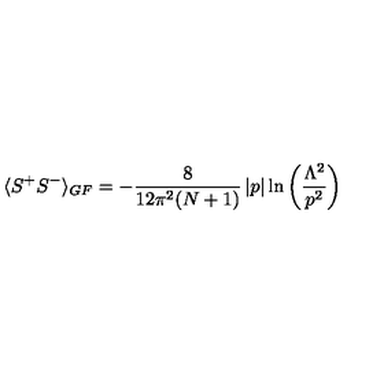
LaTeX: \langle S ^ { + } S ^ { - } \rangle _ { G F } = - \frac { 8 } { 1 2 \pi ^ { 2 } ( N + 1 ) } \left| p \right| \ln \left( \frac { \Lambda ^ { 2 } } { p ^ { 2 } } \right)